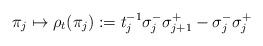
LaTeX: \begin{align*}\pi _{j}\mapsto \rho _{t}(\pi _{j}):=t_{j}^{-1}\sigma _{j}^{-}\sigma_{j+1}^{+}-\sigma _{j}^{-}\sigma _{j}^{+} \end{align*}